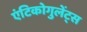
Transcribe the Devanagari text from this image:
एंटिकोगुलेंट्स